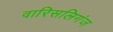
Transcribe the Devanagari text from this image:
वारिसलिगंज